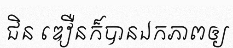
ជិន ឌឿនក៏បានឯកភាពឲ្យ